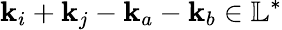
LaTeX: \mathbf{k}_{i}+\mathbf{k}_{j}-\mathbf{k}_{a}-\mathbf{k}_{b}\in\mathbb{L}^{*}